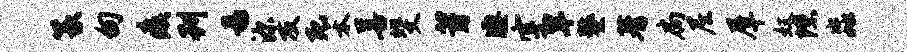
篆甸瘼刊易源友死禾善斐芽凄空旱鏊蓍扃尼犀奴隙淼